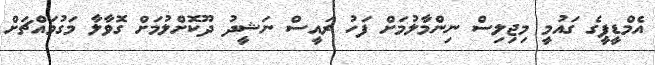
އެމްޑީޕީގެ ގައުމީ މިޖިލިސް ނިންމާލުމަށް ފަހު ރައީސް ނަޝީދު ދޫކޮށްލުމަށް ގޮވާލާ މަގުމައްޗަށް